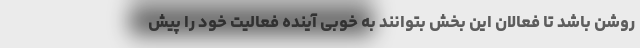
روشن باشد تا فعالان این بخش بتوانند به خوبی آینده فعالیت خود را پیش